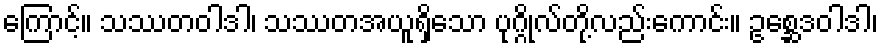
ကြောင့်။ သဿတဝါဒါ၊ သဿတအယူရှိသော ပုဂ္ဂိုလ်တို့လည်းကောင်း။ ဥစ္ဆေဒဝါဒါ၊